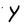
Character: Y